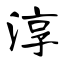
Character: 淳